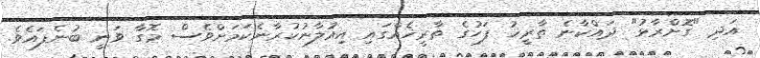
އަދި "ގޮށްރާޅު" ދައްކާނެ ތާރީޚު ފަހުގެ ތާރީޚެއްގައި އިއުލާނުކުރާނެކަމަށްވެސް މޮގާ ވަނީ ބުނެފައެވެ.